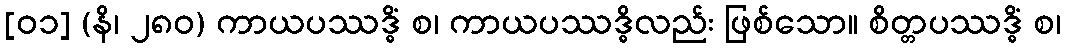
[၀၁] (နိ၊ ၂၈၀) ကာယပဿဒ္ဓိံ စ၊ ကာယပဿဒ္ဓိလည်း ဖြစ်သော။ စိတ္တပဿဒ္ဓိံ စ၊